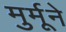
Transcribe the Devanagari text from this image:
मुर्मूने